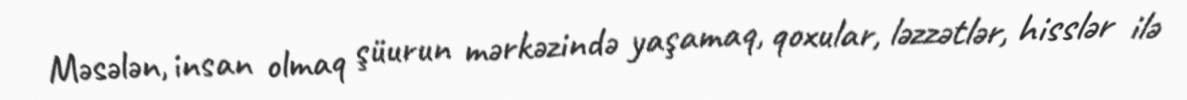
Məsələn, insan olmaq şüurun mərkəzində yaşamaq, qoxular, ləzzətlər, hisslər ilə